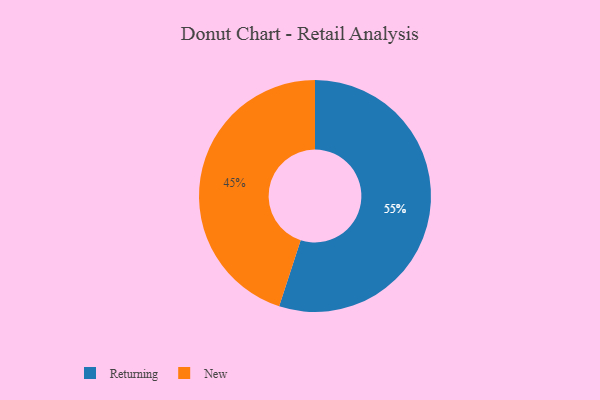
{"axis": {"x": "Category", "y": "Percentage"}, "legend": ["New", "Returning"], "data": [{"x": "New", "y": 45, "type": "New"}, {"x": "Returning", "y": 55, "type": "Returning"}]}